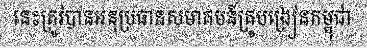
នេះត្រូវបានអនុប្រធានសមាគមន៍គ្រូបង្រៀនកម្ពុជា